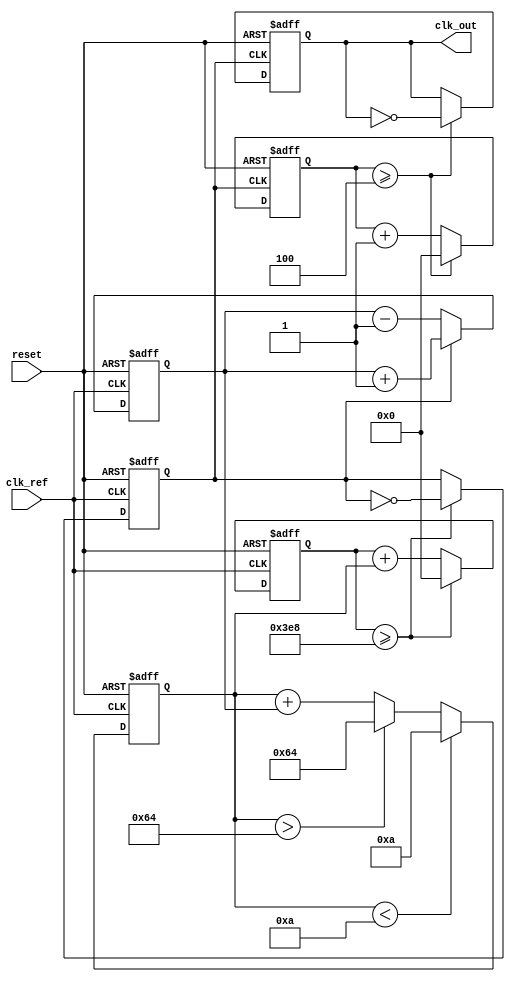
module pll (
    input wire clk_ref,             // Reference clock input
    input wire reset,               // Reset signal
    output reg clk_out              // Output clock signal
);

    // Parameters
    parameter DIVIDER = 4;          // Frequency divider ratio
    parameter VCO_MAX = 100;        // Max VCO frequency
    parameter VCO_MIN = 10;         // Min VCO frequency

    // Internal signals
    reg [7:0] phase_error;          // Phase error signal
    reg [7:0] control_voltage;       // Control voltage for VCO
    reg [15:0] vco_counter;          // VCO counter
    reg [15:0] divider_counter;      // Divider counter
    reg vco_clk;                    // VCO output clock

    // Phase Detector (PD)
    always @(posedge clk_ref or posedge reset) begin
        if (reset) begin
            phase_error <= 0;
        end else begin
            // Simple phase detection logic (rising edge detection)
            if (vco_clk) begin
                phase_error <= phase_error + 1; // Increment phase error
            end else begin
                phase_error <= phase_error - 1; // Decrement phase error
            end
        end
    end

    // Loop Filter (LF)
    always @(posedge clk_ref or posedge reset) begin
        if (reset) begin
            control_voltage <= 0;
        end else begin
            // Simple integrative filter logic
            control_voltage <= control_voltage + phase_error;
            // Clamp control voltage to VCO limits
            if (control_voltage > VCO_MAX) control_voltage <= VCO_MAX;
            if (control_voltage < VCO_MIN) control_voltage <= VCO_MIN;
        end
    end

    // Voltage-Controlled Oscillator (VCO)
    always @(posedge clk_ref or posedge reset) begin
        if (reset) begin
            vco_counter <= 0;
            vco_clk <= 0;
        end else begin
            // Adjust frequency based on control voltage
            vco_counter <= vco_counter + control_voltage;
            if (vco_counter >= 1000) begin // Adjust threshold based on control voltage
                vco_clk <= ~vco_clk; // Toggle VCO output
                vco_counter <= 0;
            end
        end
    end

    // Frequency Divider
    always @(posedge vco_clk or posedge reset) begin
        if (reset) begin
            divider_counter <= 0;
            clk_out <= 0;
        end else begin
            divider_counter <= divider_counter + 1;
            if (divider_counter >= DIVIDER) begin
                clk_out <= ~clk_out; // Toggle output clock
                divider_counter <= 0;
            end
        end
    end

endmodule